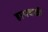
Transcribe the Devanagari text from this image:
हाथचर्खी